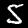
Label: 5